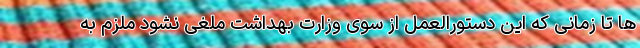
ها تا زمانی که این دستورالعمل از سوی وزارت بهداشت ملغی نشود ملزم به